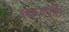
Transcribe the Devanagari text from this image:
फिल्मीत